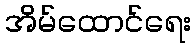
အိမ်ထောင်ရေး